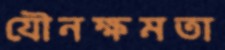
যৌনক্ষমতা